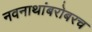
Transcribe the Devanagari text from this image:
नवनाथांबरोबरच